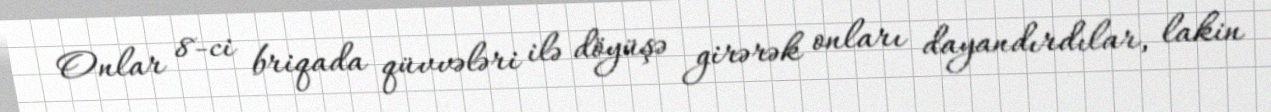
Onlar 8-ci briqada qüvvələri ilə döyüşə girərək onları dayandırdılar, lakin